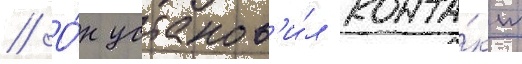
// О́н установ'и́л конта́кт